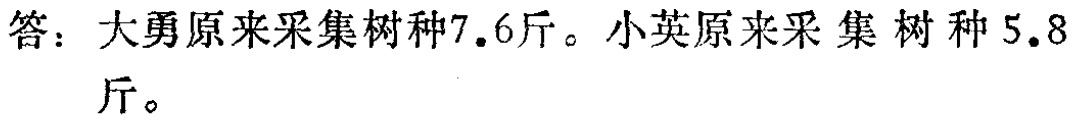
答：大勇原来采集树种\(7.6\)斤。小英原来采集树种\(5.8\)斤。